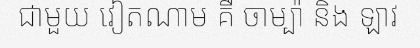
ជាមួយ វៀតណាម គឺ ចាម្ប៉ា និង ឡាវ